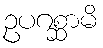
ဥပဂစ္ဆာမိ